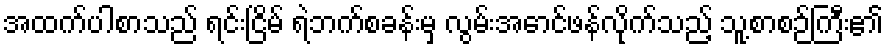
အထက်ပါစာသည် ရင်းငြိမ် ရဲဘက်စခန်းမှ လွမ်းအောင်ဖန်လိုက်သည့် သူ့စာစဉ်ကြီး၏